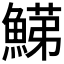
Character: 𩹋